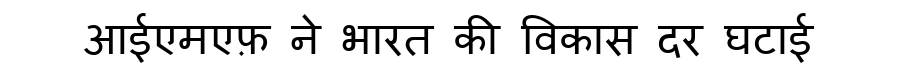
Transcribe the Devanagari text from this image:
आईएमएफ़ ने भारत की विकास दर घटाई